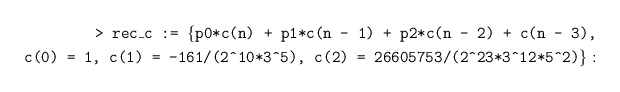
\begin{align*} \texttt{> rec\_{}c := \{p0*c(n) + p1*c(n - 1) + p2*c(n - 2) + c(n - 3),}\\ \texttt{c(0) = 1, c(1) = -161/(2\^{}10*3\^{}5), c(2) = 26605753/(2\^{}23*3\^{}12*5\^{}2)\}}:\end{align*}